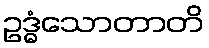
ဥဒ္ဓံသောတာတိ